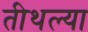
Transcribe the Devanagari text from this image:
तीथल्या